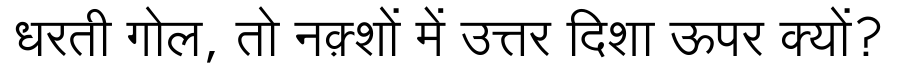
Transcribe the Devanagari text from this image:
धरती गोल, तो नक़्शों में उत्तर दिशा ऊपर क्यों?